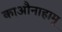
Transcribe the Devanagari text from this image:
काऔनाहामू